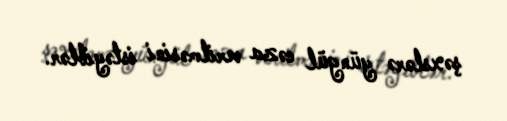
şəxslərə yüngül cəza verilməsini istəyiblər.